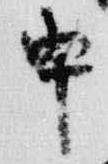
申